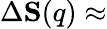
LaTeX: \Delta{\mathbf S}(q)\approx